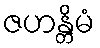
ဇဟန္တိမံ